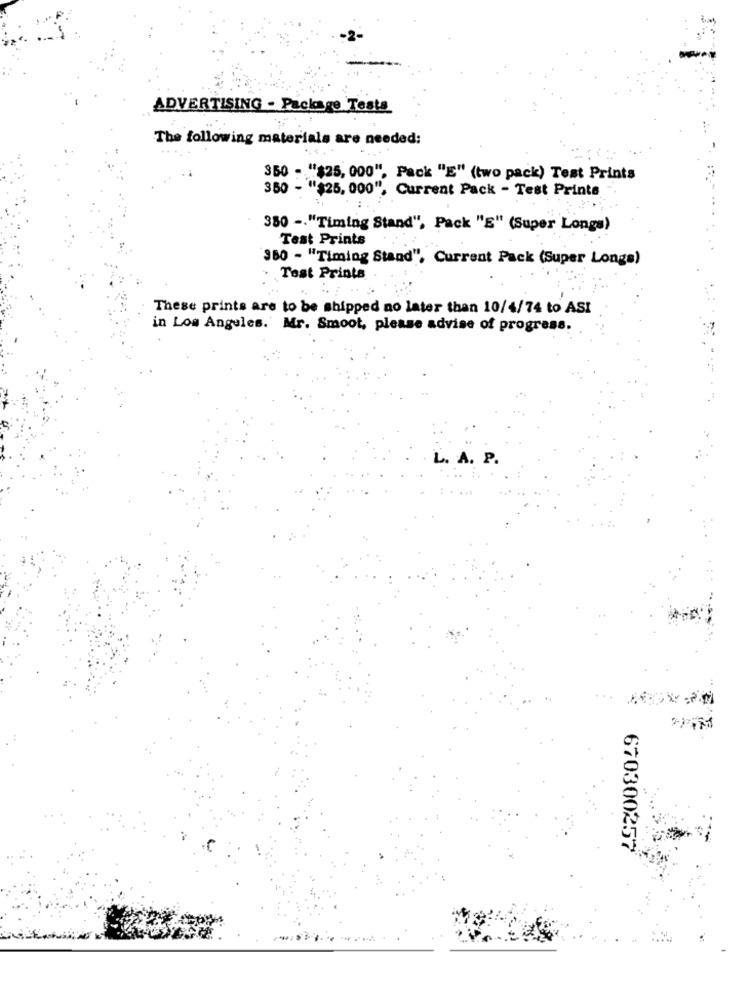
ADVERTISING - Package Tests
The following materials are needed:
350 - "$25, 000", Pack "E" (two pack) Test Prints
350 - "$25, 000", Current Pack - Test Prints
350 -. "Timing Stand", Pack "E" (Super Longs)
Test Prints
380 - "Timing Stand", Current Pack (Super Longs)
Test Prints
These prints are to be shipped no later than 10/4/74 to ASI
in Los Angeles. Mr. Smoot, please advise of progress.
L. A. P.
670300257